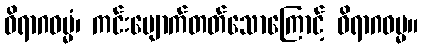
ဝိရာဂဓမ္မံ၊ ကင်းပျောက်တတ်သောကြောင့် ဝိရာဂဓမ္မ။